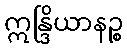
ဣန္ဒြိယာနဉ္စ